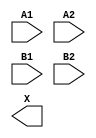
module sky130_fd_sc_hs__a22o (
    //# {{data|Data Signals}}
    input  A1,
    input  A2,
    input  B1,
    input  B2,
    output X
);

    // Voltage supply signals
    supply1 VPWR;
    supply0 VGND;

endmodule